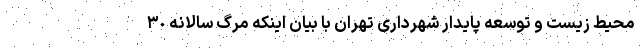
محیط زیست و توسعه پایدار شهرداری تهران با بیان اینکه مرگ سالانه ٣٠